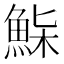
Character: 𩷌